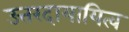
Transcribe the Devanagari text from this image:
उत्तरदायायित्व